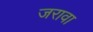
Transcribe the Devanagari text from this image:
जरावा